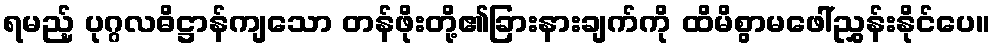
ရမည့် ပုဂ္ဂလဓိဋ္ဌာန်ကျသော တန်ဖိုးတို့၏ခြားနားချက်ကို ထိမိစွာမဖေါ်ညွှန်းနိုင်ပေ။